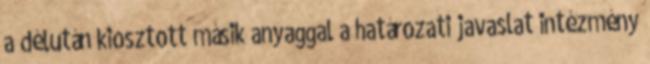
a délután kiosztott másik anyaggal a határozati javaslat intézmény